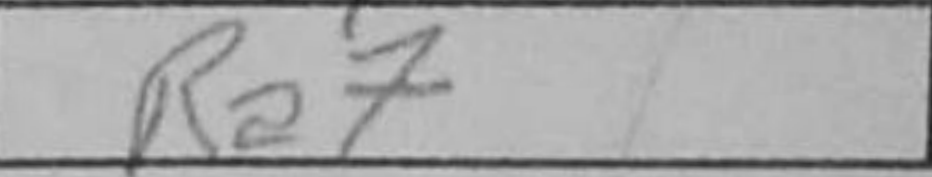
Transcription: Ra7